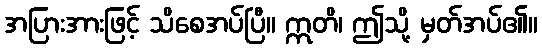
အပြားအားဖြင့် သိစေအပ်ပြီ။ ဣတိ၊ ဤသို့ မှတ်အပ်၏။